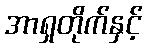
အာရှတိုက်နှင့်